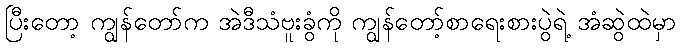
ပြီးတော့ ကျွန်တော်က အဲဒီသံဗူးခွံကို ကျွန်တော့်စာရေးစားပွဲရဲ့ အံဆွဲထဲမှာ